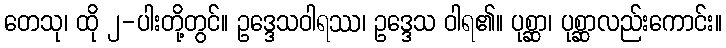
တေသု၊ ထို ၂-ပါးတို့တွင်။ ဥဒ္ဒေသဝါရဿ၊ ဥဒ္ဒေသ ဝါရ၏။ ပုစ္ဆာ၊ ပုစ္ဆာလည်းကောင်း။